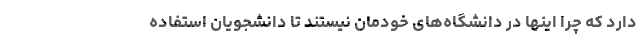
دارد که چرا اینها در دانشگاه‌های خودمان نیستند تا دانشجویان استفاده